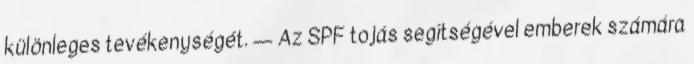
különleges tevékenységét. — Az SPF tojás segítségével emberek számára